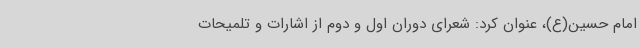
امام حسین(ع)، عنوان کرد: شعرای دوران اول و دوم از اشارات و تلمیحات